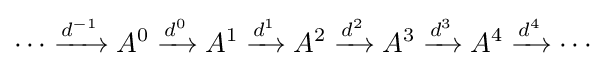
\cdots \xrightarrow {d^{-1}} A^{0}\xrightarrow {d^{0}} A^{1}\xrightarrow {d^{1}} A^{2}\xrightarrow {d^{2}} A^{3}\xrightarrow {d^{3}} A^{4}\xrightarrow {d^{4}} \cdots